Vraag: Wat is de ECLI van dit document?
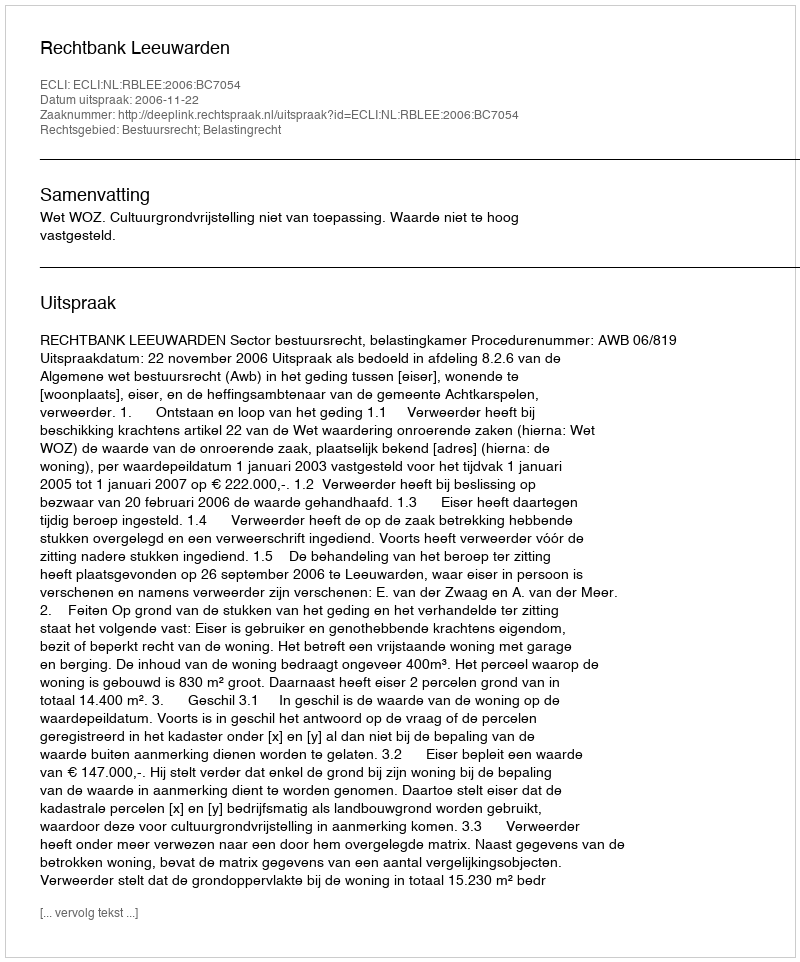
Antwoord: ECLI:NL:RBLEE:2006:BC7054